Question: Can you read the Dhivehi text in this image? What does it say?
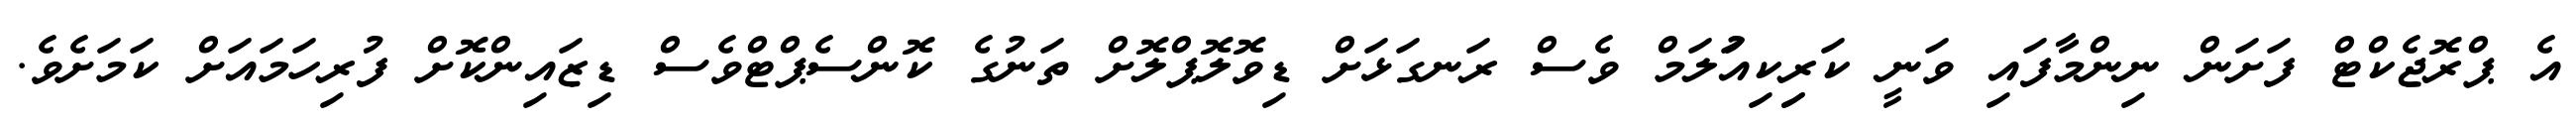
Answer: އެ ޕްރޮޖެކްޓް ފަށަން ނިންމާފައި ވަނީ ކަރިިކިއުަލަމް ވެސް ރަނގަޅަށް ޑިވޮލޮޕްލޮށް ތަނުގެ ކޮންސެޕްޓްވެސް ޑިޒައިންކޮށް ފުރިހަމައަށް ކަމަށެވެ.